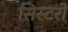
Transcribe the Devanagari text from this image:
सिस्टरों